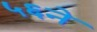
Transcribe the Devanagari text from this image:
५६ने